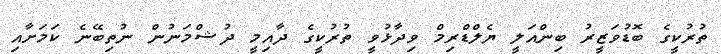
ތުރުކީގެ ބޮޑުވަޒީރު ބިންއަލީ ޔެލްޑްރިމް ވިދާޅުވީ ތުރުކީގެ ދާއިމީ ދުޝްމަނުން ނުތިބޭނެ ކަމަށާއި